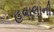
હવાલાની